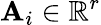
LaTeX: \boldsymbol{\mathbf{A}}_{i}\in\mathbb{{R}}^{r}